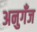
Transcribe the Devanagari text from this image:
अनुगँज